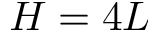
H = 4 L